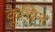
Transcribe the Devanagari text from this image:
कूचिन